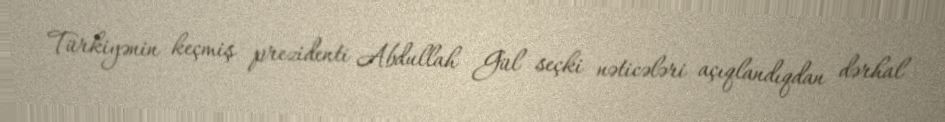
Türkiyənin keçmiş prezidenti Abdullah Gül seçki nəticələri açıqlandıqdan dərhal